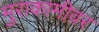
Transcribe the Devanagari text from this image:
मुराकामीवर